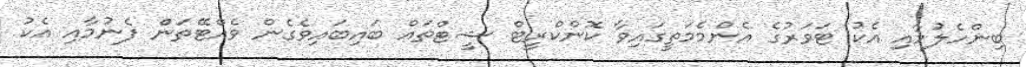
ބިންހެލުމާއި އެކު ޓަވަރުގެ އެންމެމަތީގައިވާ ކޮންކްރީޓް ޝީޓްތައް ބައިބައިވެގެން ވެއްޓޭތަން ފެނުމާއި އެކު